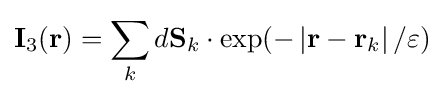
\mathbf {I} _{3}(\mathbf {r} )={\sum \limits _{k}d\mathbf {S} _{k}\cdot \exp(-\left|\mathbf {r} -\mathbf {r} _{k}\right|/\varepsilon )}